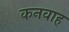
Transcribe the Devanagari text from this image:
कनवाह